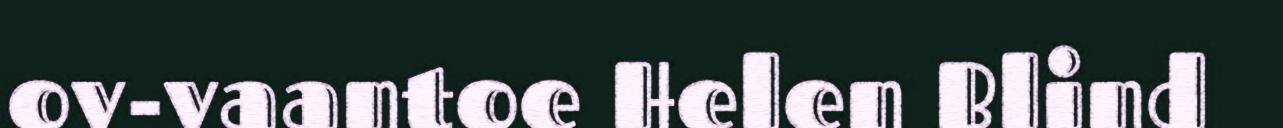
ov-vaantoe Helen Blind